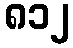
၈၁၂